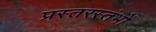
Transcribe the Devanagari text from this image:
प्रस्तरस्तंभों